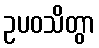
ဥပဝသိတွာ